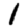
Digit: 1